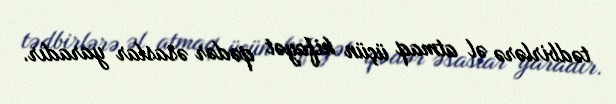
tədbirlərə əl atmaq üçün kifayət qədər əsaslar yaradır.